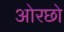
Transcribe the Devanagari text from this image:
ओरछो